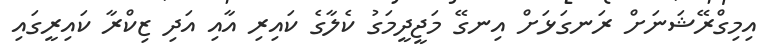
އިމިގްރޭޝަނަށް ރަނގަޅަށް އިނގޭ މަޖީދީމަގު ކެލާގެ ކައިރި އާއި އަދި ޒިކްރާ ކައިރީގައި